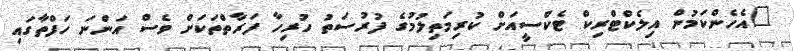
"އެހެންކަމުން އިލެކްޓްރިކް ޓެކްސީއަށް ކުރިމަތިލުމުގެ ފުރުސަތު ހުރިހާ ފަރާތްތަކަށް ވެސް އަންނަ ހަފްތާގައި